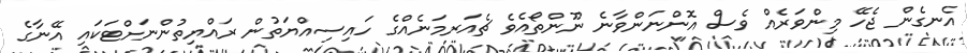
އެނގެން ޖެހޭ މިންވަރެއް ވެސް އޮންނަންވާނެ ނޫންތޯއެވެ ޗެއަރމަނެއްގެ ހައިސިއްޔަތުން ރައްޔިތުންނަށްޓަކައި އޭނާގެ